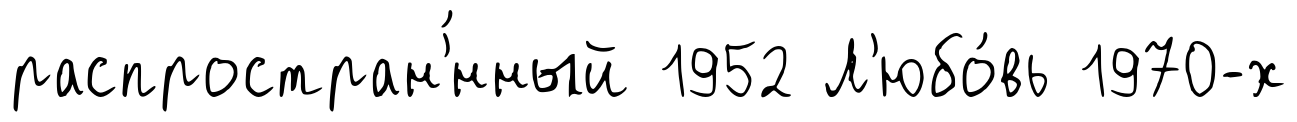
распростран'́нный 1952 Л'юбо́вь 1970-х